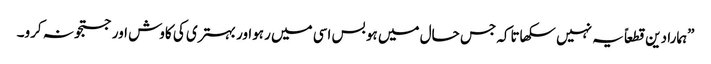
”ہمارا دین قطعاً یہ نہیں سکھاتاکہ جس حال میں ہو بس اسی میں رہواور بہتری کی کاوش اور جستجو نہ کرو۔